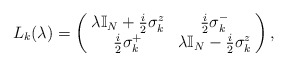
\begin{align*}L_{k}(\lambda)=\left(\!\begin{array}{cc}\lambda \mathbb{I}_N+\frac{i}{2}\sigma^z_k & \frac{i}{2}\sigma^-_k\\\frac{i}{2}\sigma^+_k & \lambda \mathbb{I}_N-\frac{i}{2}\sigma^z_k\end{array}\!\right),\end{align*}